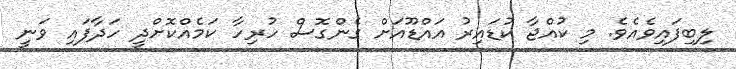
ލިބިފައިވެއެވެ. މި ކުއްޖާ ކުޑައިރު އައްޑޫއަށް ގެންގޮސް ހުރިހާ ކަމެއްކޮށްދީ ހަދާފައި ވަނީ